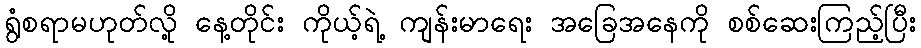
ရွံစရာမဟုတ်လို့ နေ့တိုင်း ကိုယ့်ရဲ့ ကျန်းမာရေး အခြေအနေကို စစ်ဆေးကြည့်ပြီး